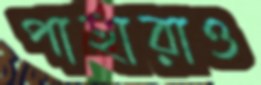
পাহারাও